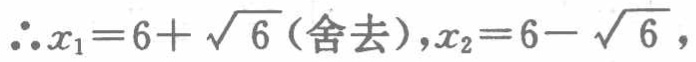
\(\therefore x_{1}=6 + \sqrt{6}(\text{舍去}),x_{2}=6 - \sqrt{6}\)